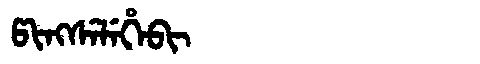
Manchu: ᡦᡳᠩᠰᡝᠯᡝᡥᡝᠪᡳ
Romanization: PINGSELEHEBI